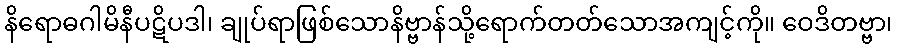
နိရောဓဂါမိနီပဋိပဒါ၊ ချုပ်ရာဖြစ်သောနိဗ္ဗာန်သို့ရောက်တတ်သောအကျင့်ကို။ ဝေဒိတဗ္ဗာ၊